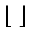
\lfloor \ \rfloor